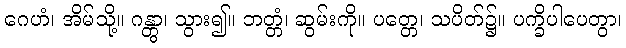
ဂေဟံ၊ အိမ်သို့။ ဂန္တွာ၊ သွား၍။ ဘတ္တံ၊ ဆွမ်းကို။ ပတ္တေ၊ သပိတ်၌။ ပက္ခိပါပေတွာ၊